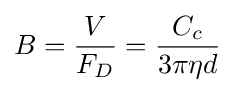
B={\frac {V}{F_{D}}}={\frac {C_{c}}{3\pi \eta d}}